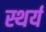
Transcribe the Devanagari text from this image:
स्थर्य